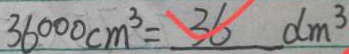
3 6 0 0 0 c m ^ { 3 } = 3 6 d m ^ { 3 }